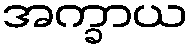
အက္ခာယ